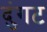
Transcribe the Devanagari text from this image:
दुंगट